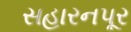
સહારનપૂર